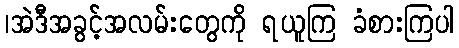
၊အဲဒီအခွင့်အလမ်းတွေကို ရယူကြ ခံစားကြပါ